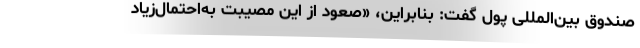
صندوق بین‌المللی پول گفت: بنابراین، «صعود از این مصیبت به‌احتمال‌زیاد